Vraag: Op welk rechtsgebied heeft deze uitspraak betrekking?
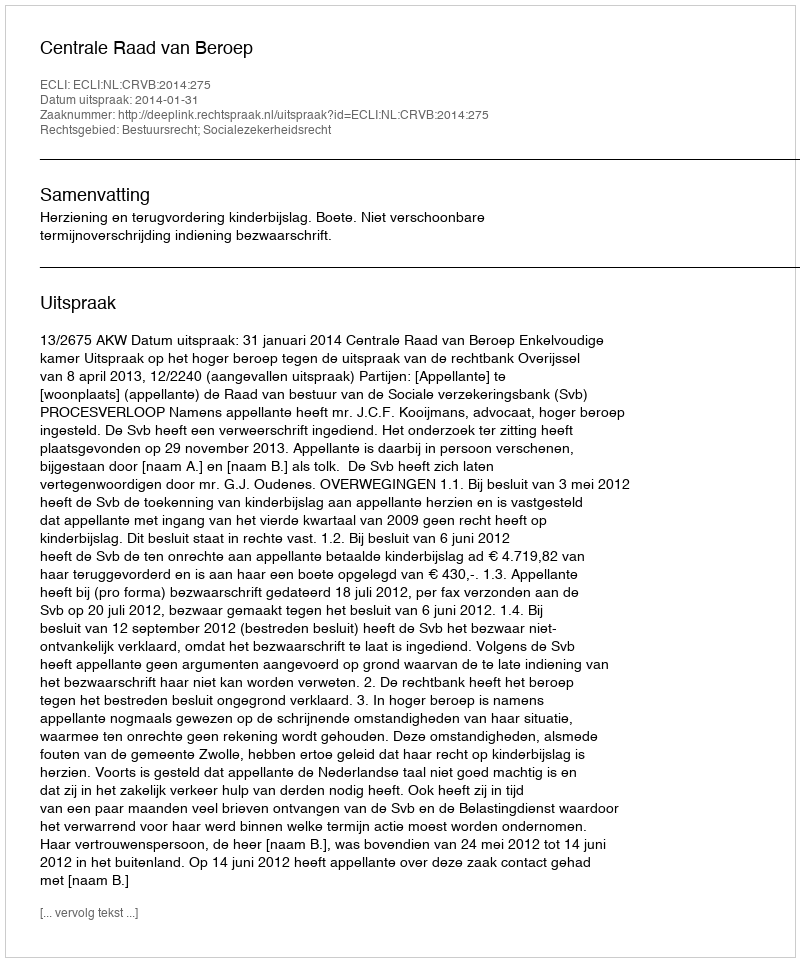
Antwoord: Bestuursrecht; Socialezekerheidsrecht